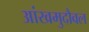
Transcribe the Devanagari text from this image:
आंखमुदौवल